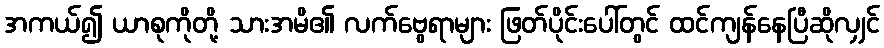
အကယ်၍ ယာစုကိုတို့ သားအမိ၏ လက်ဗွေရာများ ဖြတ်ပိုင်းပေါ်တွင် ထင်ကျန်နေပြီဆိုလျှင်